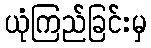
ယုံကြည်ခြင်းမှ